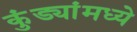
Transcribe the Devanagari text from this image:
कुंड्यांमध्ये